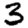
Digit: 3